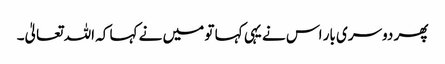
پھر دوسری بار اس نے یہی کہا تو میں نے کہا کہ اللہ تعالیٰ۔